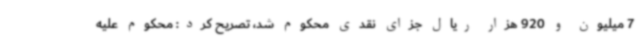
7 میلیون و 920 هزار ریال جزای نقدی محکوم شد، تصریح کرد: محکوم علیه